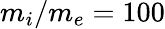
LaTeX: m_{i}/m_{e}=100